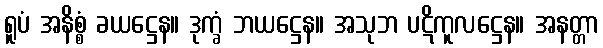
ရူပံ အနိစ္စံ ခယဋ္ဌေန။ ဒုက္ခံ ဘယဋ္ဌေန။ အသုဘ ပဋိကူလဋ္ဌေန။ အနတ္တာ